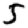
Digit: 5